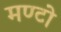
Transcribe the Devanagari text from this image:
मण्टो